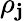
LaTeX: \rho_{\mathbf{j}}